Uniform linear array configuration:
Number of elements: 12
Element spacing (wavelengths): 0.5
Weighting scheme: cosine
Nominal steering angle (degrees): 60
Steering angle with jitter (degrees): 61.538
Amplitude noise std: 0.05
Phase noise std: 0.05

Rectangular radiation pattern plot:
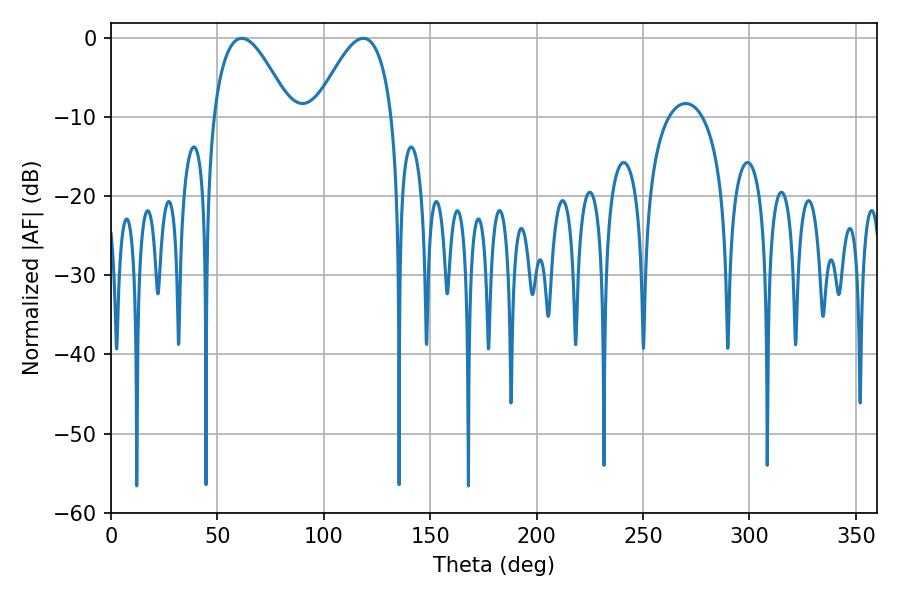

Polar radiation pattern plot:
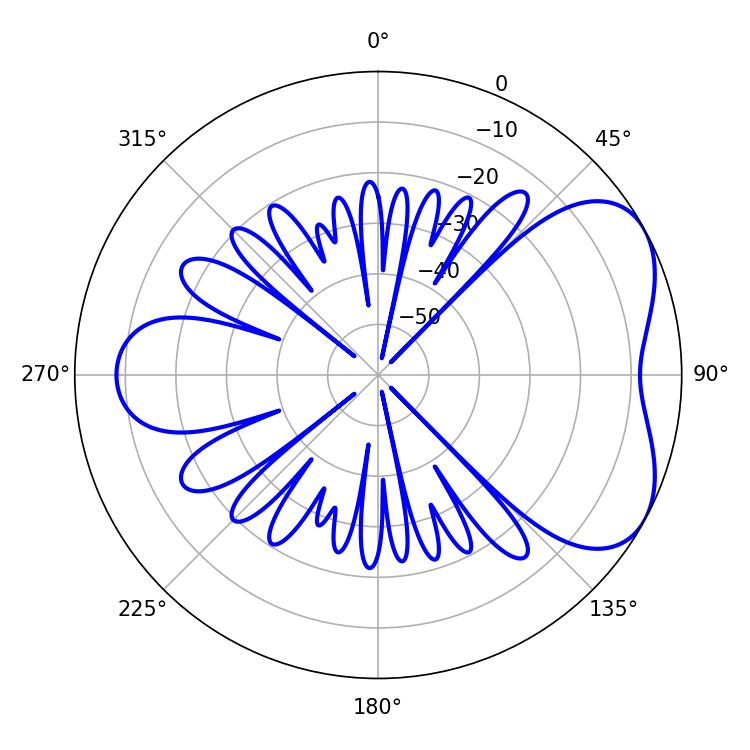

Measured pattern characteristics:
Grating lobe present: FALSE
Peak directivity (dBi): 5.046
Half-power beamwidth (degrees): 19.62
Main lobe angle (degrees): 61.38